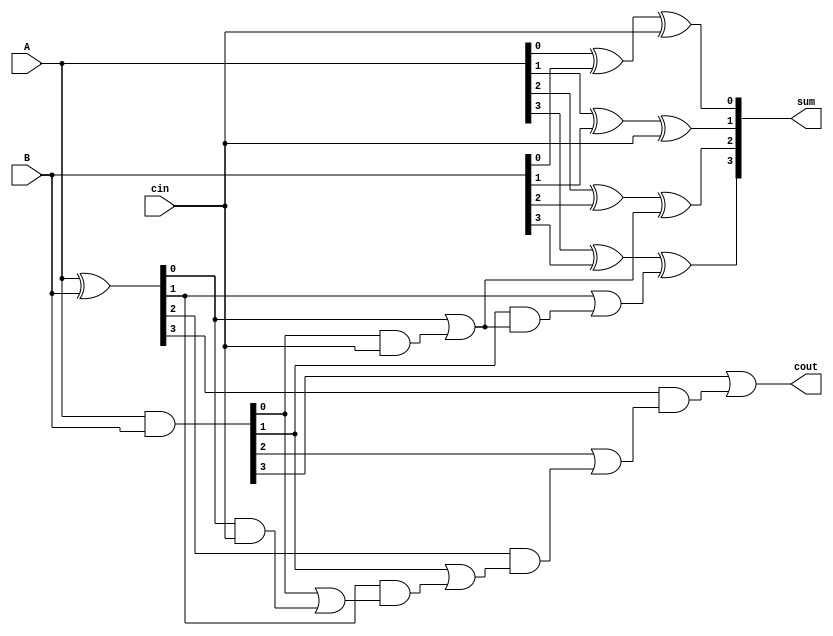
module carry_select_lookahead_adder (
    input [3:0] A,
    input [3:0] B,
    input cin,
    output [3:0] sum,
    output cout
);

wire [3:0] c;
wire [3:0] p;
wire [3:0] g;
wire [2:0] c_select;
wire [3:0] sum_temp;

// Generate and propagate signals for look-ahead part
assign p = A ^ B;
assign g = A & B;
assign c_select[0] = cin;
assign c_select[1] = p[0] | (g[0] & c_select[0]);
assign c_select[2] = p[1] | (g[1] & c_select[1]);

// Carry-select logic
assign sum_temp[0] = A[0] ^ B[0] ^ cin;
assign sum_temp[1] = A[1] ^ B[1] ^ c_select[0];
assign sum_temp[2] = A[2] ^ B[2] ^ c_select[1];
assign sum_temp[3] = A[3] ^ B[3] ^ c_select[2];

assign c[0] = g[0] | (p[0] & cin);
assign c[1] = g[1] | (p[1] & c[0]);
assign c[2] = g[2] | (p[2] & c[1]);
assign c[3] = g[3] | (p[3] & c[2]);

// Final sum and carry output
assign sum = sum_temp;
assign cout = c[3];

endmodule